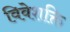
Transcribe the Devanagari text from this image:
विवेशक्ति